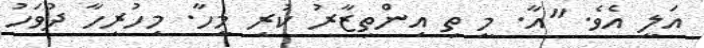
އަލީ އެވެ. "އާ. މީ ތި އިންތިޒާރު ކުރި މީހާ. މިހުރިހާ ދުވަހު